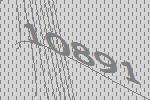
10891